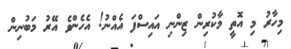
މިހާރު މި އޮތީ މާކުރިން ޒިންނި އައިސްފަ އެއްނު! އެހެންވެ އޭރު މަބުނިން